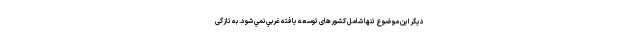
ديگر اين موضوع تنها شامل کشورهای توسعه یافته غربي نمي شود. به تازگی